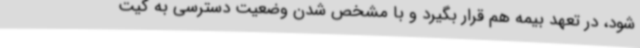
شود، در تعهد بیمه هم قرار بگیرد و با مشخص شدن وضعیت دسترسی به کیت